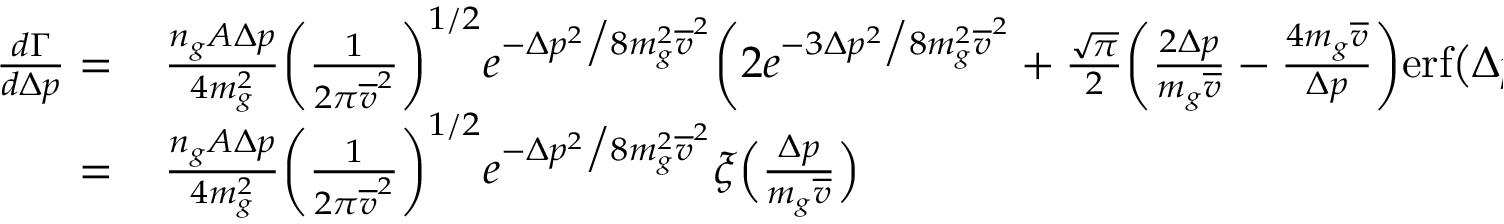
\begin{array} { r l } { \frac { d \Gamma } { d \Delta p } = } & { { } \, \frac { n _ { g } A \Delta p } { 4 m _ { g } ^ { 2 } } \bigg ( \frac { 1 } { 2 \pi \overline { { v } } ^ { 2 } } \bigg ) ^ { 1 / 2 } e ^ { - \Delta p ^ { 2 } \big / 8 m _ { g } ^ { 2 } \overline { { v } } ^ { 2 } } \bigg ( 2 e ^ { - 3 \Delta p ^ { 2 } \big / 8 m _ { g } ^ { 2 } \overline { { v } } ^ { 2 } } + \frac { \sqrt { \pi } } { 2 } \bigg ( \frac { 2 \Delta p } { m _ { g } \overline { { v } } } - \frac { 4 m _ { g } \overline { { v } } } { \Delta p } \bigg ) \mathrm { e r f } \big ( \Delta p / 2 m _ { g } \overline { { v } } \big ) e ^ { - \Delta p ^ { 2 } \big / 8 m _ { g } ^ { 2 } \overline { { v } } ^ { 2 } } \bigg ) } \\ { = } & { { } \, \frac { n _ { g } A \Delta p } { 4 m _ { g } ^ { 2 } } \bigg ( \frac { 1 } { 2 \pi \overline { { v } } ^ { 2 } } \bigg ) ^ { 1 / 2 } e ^ { - \Delta p ^ { 2 } \big / 8 m _ { g } ^ { 2 } \overline { { v } } ^ { 2 } } \xi \Big ( \frac { \Delta p } { m _ { g } \overline { { v } } } \Big ) } \end{array}